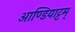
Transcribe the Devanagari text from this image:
आण्डियाट्टम्